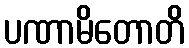
ပဏာမိတောတိ